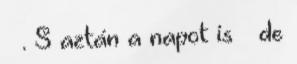
. S aztán a napot is – de